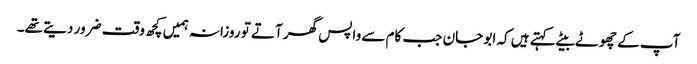
آپ کے چھوٹے بیٹے کہتے ہیں کہ ابو جان جب کام سے واپس گھر آتے تو روزانہ ہمیں کچھ وقت ضرور دیتے تھے۔